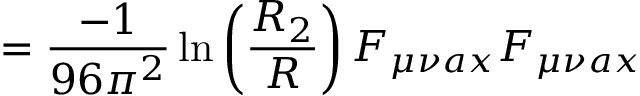
= \frac { - 1 } { 9 6 \pi ^ { 2 } } \ln \left( \frac { R _ { 2 } } { R } \right) F _ { \mu \nu a x } F _ { \mu \nu a x }